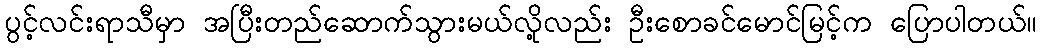
ပွင့်လင်းရာသီမှာ အပြီးတည်ဆောက်သွားမယ်လို့လည်း ဦးစောခင်မောင်မြင့်က ပြောပါတယ်။